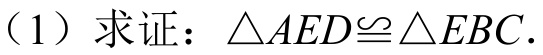
(1) 求证：\(\triangle AED\cong\triangle EBC\).